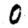
Digit: 0